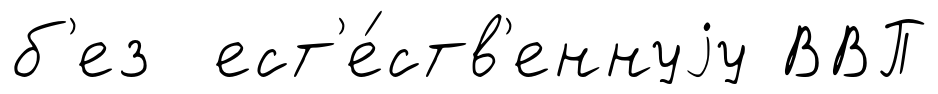
б'ез ест'е́ств'еннуjу ВВП